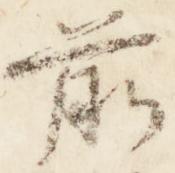
前